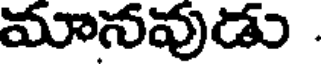
మానవుడు .